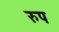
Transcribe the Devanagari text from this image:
रुप